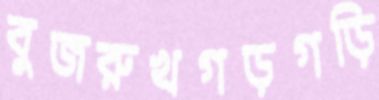
বুজরুখগড়গড়ি